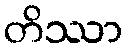
တိဿာ